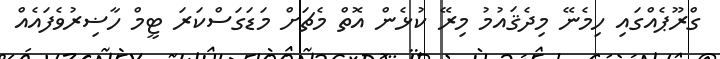
ގްރޫޕެއްގައި ހިމެނޭ މިދެޤައުމު މިރޭ ކުޅެން އޮތް މެޗަށް މަޑަގަސްކަރަ ޓީމް ހާޟިރުވެފައެއް